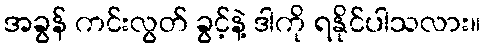
အခွန် ကင်းလွတ် ခွင့်နဲ့ ဒါကို ရနိုင်ပါသလား။